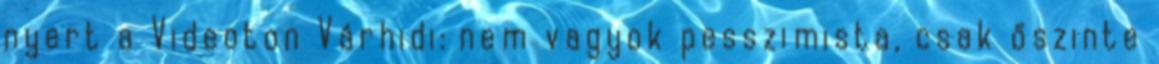
nyert a Videoton Várhidi: nem vagyok pesszimista, csak őszinte